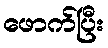
ဖောက်ပြီး